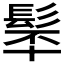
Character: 𩬴